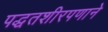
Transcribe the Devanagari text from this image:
पद्धतशीरपणाने